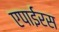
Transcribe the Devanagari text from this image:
एपाईरस